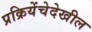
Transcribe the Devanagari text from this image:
प्रक्रियेंचेदेखील